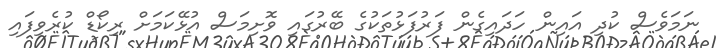
ނަމަވެސް ކުދި އައިން ހަދައިގެން ފަރުފަޅުތަކުގެ ބޭރުގައި ވޮށިމަސް އުޅޭކަމަށް ރިކޯޑް ކުރެވިފައި